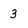
Character: 3